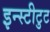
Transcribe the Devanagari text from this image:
इन्स्टीटुट